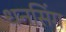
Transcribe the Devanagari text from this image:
धनसिंग